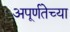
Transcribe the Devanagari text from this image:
अपूर्णतेच्या